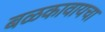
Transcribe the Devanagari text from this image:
बळकावायचा